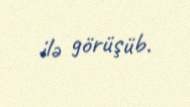
ilə görüşüb.